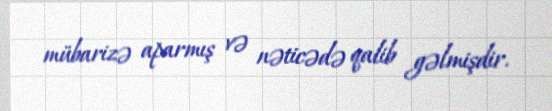
mübarizə aparmış və nəticədə qalib gəlmişdir.